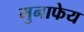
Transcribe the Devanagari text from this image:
मुनाफेय